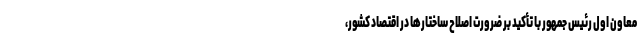
معاون اول رئیس جمهور با تأکید بر ضرورت اصلاح ساختارها در اقتصاد کشور،